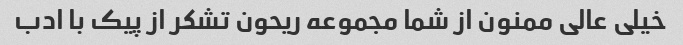
خیلی عالی ممنون از شما مجموعه ریحون تشکر از پیک با ادب